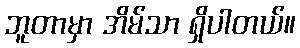
ဘူတာမှာ အိမ်သာ ရှိပါတယ်။